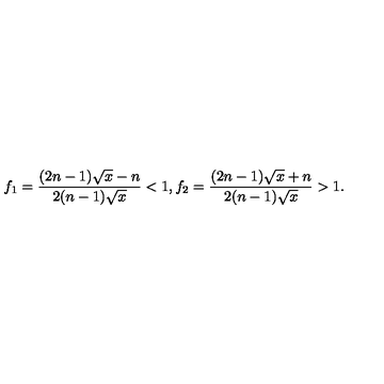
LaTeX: f _ { 1 } = \frac { ( 2 n - 1 ) \sqrt { x } - n } { 2 ( n - 1 ) \sqrt { x } } < 1 , f _ { 2 } = \frac { ( 2 n - 1 ) \sqrt { x } + n } { 2 ( n - 1 ) \sqrt { x } } > 1 .